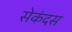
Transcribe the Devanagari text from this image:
सेकंदस